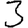
Digit: 3